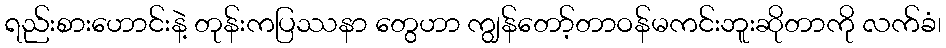
ရည်းစားဟောင်းနဲ့ တုန်းကပြဿနာ တွေဟာ ကျွန်တော့်တာဝန်မကင်းဘူးဆိုတာကို လက်ခံ၊